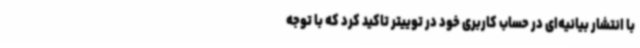
با انتشار بیانیه‌ای در حساب کاربری خود در توییتر تاکید کرد که با توجه